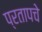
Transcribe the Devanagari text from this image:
प्रतापचे